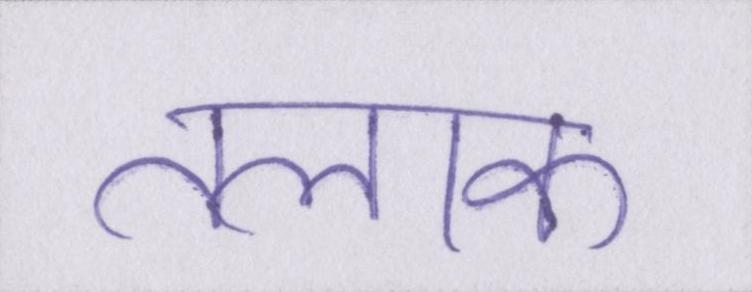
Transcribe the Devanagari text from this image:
तलाक